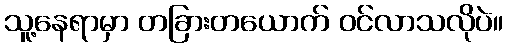
သူ့နေရာမှာ တခြားတယောက် ဝင်လာသလိုပဲ။